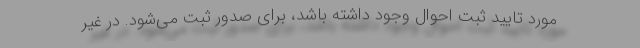
مورد تایید ثبت احوال وجود داشته باشد، برای صدور ثبت می‌شود. در غیر